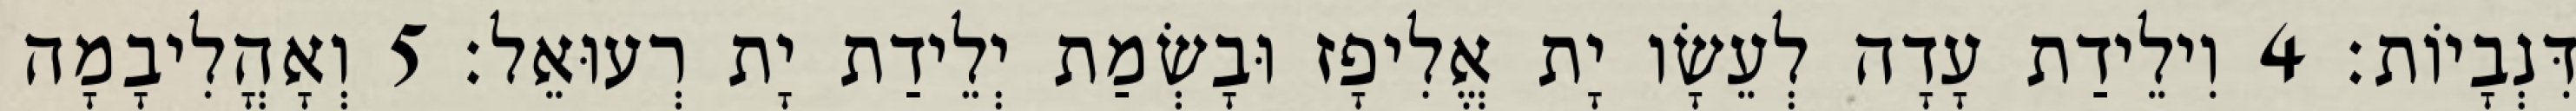
דִּנְבָיוֹת׃ 4 וִילֵידַת עָדָה לְעֵשָׂו יָת אֱלִיפָז וּבָשְׂמַת יְלֵידַת יָת רְעוּאֵל׃ 5 וְאָהֳלִיבָמָה